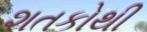
શતકોથી